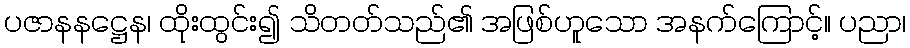
ပဇာနနဋ္ဌေန၊ ထိုးထွင်း၍ သိတတ်သည်၏ အဖြစ်ဟူသော အနက်ကြောင့်။ ပညာ၊